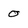
Character: 0